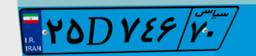
۲۵D۷۴۶۷۰